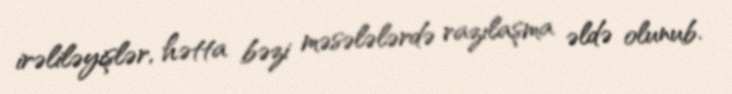
irəliləyişlər, hətta bəzi məsələlərdə razılaşma əldə olunub.